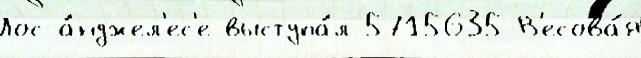
Лос-а́нджел'ес'е выступа́л 5715635 В'есова́я